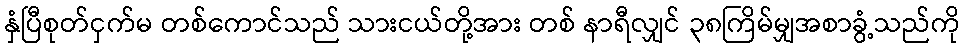
နှံပြီစုတ်ငှက်မ တစ်ကောင်သည် သားငယ်တို့အား တစ် နာရီလျှင် ၃၈ကြိမ်မျှအစာခွံ့သည်ကို